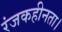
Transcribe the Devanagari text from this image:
रंजकहीनता।